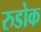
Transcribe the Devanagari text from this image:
रुडोक